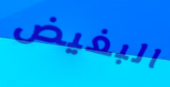
البغيض